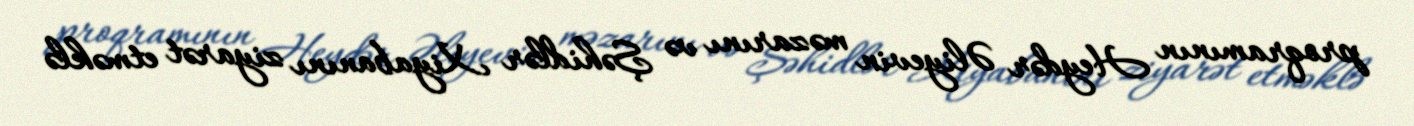
proqramının Heydər Əliyevin məzarını və Şəhidlər Xiyabanını ziyarət etməklə